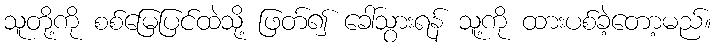
သူတို့ကို စစ်မြေပြင်ထဲသို့ ဖြတ်၍ ခေါ်သွားရန် သူ့ကို ထားပစ်ခဲ့တော့မည်။